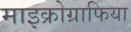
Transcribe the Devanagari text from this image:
माइक्रोग्राफिया